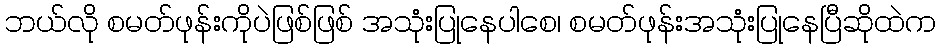
ဘယ်လို စမတ်ဖုန်းကိုပဲဖြစ်ဖြစ် အသုံးပြုနေပါစေ၊ စမတ်ဖုန်းအသုံးပြုနေပြီဆိုထဲက